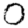
Digit: 0